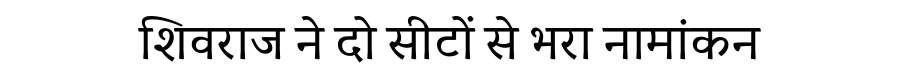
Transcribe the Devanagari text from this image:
शिवराज ने दो सीटों से भरा नामांकन